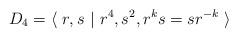
LaTeX: \begin{align*} D_4 = \langle~ r,s ~|~ r^4, s^2, r^ks = sr^{-k} ~\rangle \end{align*}